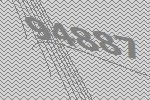
94887